Proceedings of the meeting of veterinary officers in India
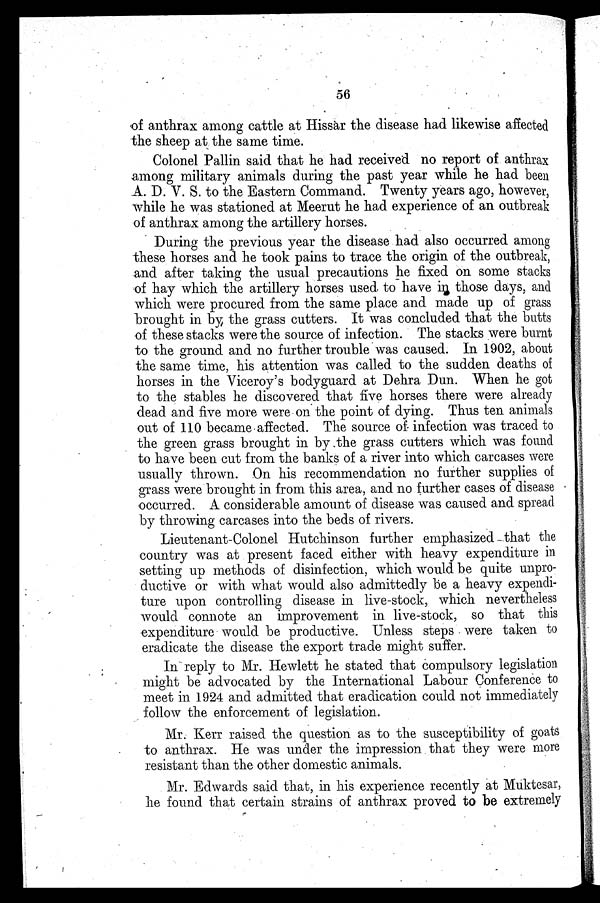
56
of anthrax among cattle at Hissar the disease had likewise affected
the sheep at the same time.
Colonel Pallin said that he had received no report of anthrax
among military animals during the past year while he had been
A. D. V. S. to the Eastern Command. Twenty years ago, however,
while he was stationed at Meerut he had experience of an outbreak
of anthrax among the artillery horses.
During the previous year the disease had also occurred among
these horses and he took pains to trace the origin of the outbreak,
and after taking the usual precautions he fixed on some stacks
of hay which the artillery horses used to have in those days, and
which were procured from the same place and made up of grass
brought in by the grass cutters. It was concluded that the butts
of these stacks were the source of infection. The stacks were burnt
to the ground and no further trouble was caused. In 1902, about
the same time, his attention was called to the sudden deaths of
horses in the Viceroy's bodyguard at Dehra Dun. When he got
to the stables he discovered that five horses there were already
dead and five more were on the point of dying. Thus ten animals
out of 110 became affected. The source of infection was traced to
the green grass brought in by the grass cutters which was found
to have been cut from the banks of a river into which carcases were
usually thrown. On his recommendation no further supplies of
grass were brought in from this area, and no further cases of disease
occurred. A considerable amount of disease was caused and spread
by throwing carcases into the beds of rivers.
Lieutenant-Colonel Hutchinson further emphasized that the
country was at present faced either with heavy expenditure in
setting up methods of disinfection, which would be quite unpro-
ductive or with what would also admittedly be a heavy expendi-
ture upon controlling disease in live-stock, which nevertheless
would connote an improvement in live-stock, so that this
expenditure would be productive. Unless steps were taken to
eradicate the disease the export trade might suffer.
In reply to Mr. Hewlett he stated that compulsory legislation
might be advocated by the International Labour Conference to
meet in 1924 and admitted that eradication could not immediately
follow the enforcement of legislation.
Mr. Kerr raised the question as to the susceptibility of goats
to anthrax. He was under the impression that they were more
resistant than the other domestic animals.
Mr. Edwards said that, in his experience recently at Muktesar,
he found that certain strains of anthrax proved to be extremely